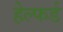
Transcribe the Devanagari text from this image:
हेल्फर्ड